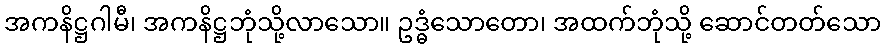
အကနိဋ္ဌဂါမီ၊ အကနိဋ္ဌဘုံသို့လာသော။ ဥဒ္ဓံသောတော၊ အထက်ဘုံသို့ ဆောင်တတ်သော